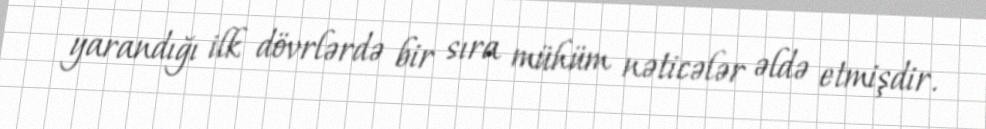
yarandığı ilk dövrlərdə bir sıra mühüm nəticələr əldə etmişdir.